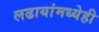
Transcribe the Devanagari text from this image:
लढायांमध्येही